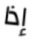
إذا